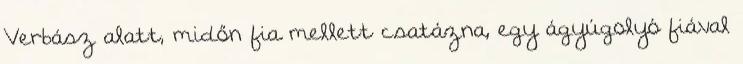
Verbász alatt, midőn fia mellett csatázna, egy ágyúgolyó fiával